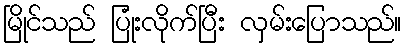
မြိုင်သည် ပြုံးလိုက်ပြီး လှမ်းပြောသည်။